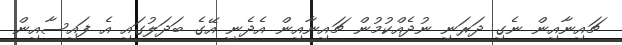
ޗައިނާއިން ނެގި ދަރަނި ނުދެއްކުމުން ޗައިނާއިން އެދެނީ އޭގެ ބަދަލުގައި އެ ފައިސާއިން